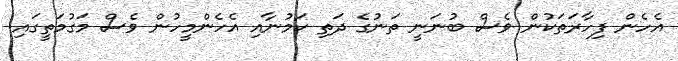
އެހެން ފިހާރަތަކުން ވެސް ބުނަނީ ތަނުގެ ދަތި ކަމުނާއި އެހެންމީހުން ވެސް މަގުމަތީގައި